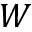
W